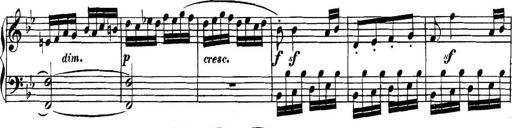
Title: Collected Piano Sonatas
Composer: Muzio Clementi